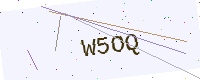
Text: W5OQ